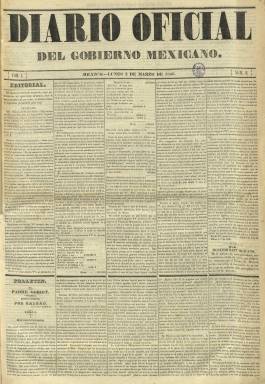
Título: Diario oficial del Gobierno Mexicano
Colección: Gacetas
Ámbito geográfico: México
Lugar de publicación: México
Fechas: 02/03/1846-06/08/1846

A partir del uno de marzo de 1846, el entonces presidente interino de México, el general y político conservador Mariano Paredes y Arrillaga (18797-1849) modifica así el título que venía publicándose previamente como Diario oficial de la República Mexicana. Tras la asonada militar de diciembre de 1845, Paredes –favorable a una monarquía para México con un soberano español– venía ejerciendo el máximo poder desde el cuatro de enero, y, después de la celebración de elecciones constituyentes, desde el 13 de junio como presidente constitucional. Una nueva revuelta militar, ahora de carácter federal, el cuatro de agosto, llevará al general José Mariano de Salas (1797-1867) a tomar posesión de la presidencia provisional del gobierno el día seis, último en el que el periódico se denominará Diario oficial del Gobierno Mexicano.

Durante este breve periodo, Paredes modifica el formato y los contenidos del periódico oficial mexicano. Además de la sección Oficial, con la publicación de comunicados, circulares, normativas u otra legislación, tendrá sección Editorial, una Revista de periódicos, secciones de noticias nacionales (Interior) y extranjeras (Exterior), de Religión (con el santoral y el culto), las denominadas Mosaico (con artículos comunicados y textos literarios), Marina (movimiento portuario), Parte mercantil (sobre los fondos de las bolsas de Madrid, París y Londres) o Avisos (con información del Ayuntamiento de la capital o convocatorias), así como anuncios comerciales.

También, en los faldones de las dos primeras planas incluirá un folletín, comenzado con el titulado El Padre Goriot: historia parisiense, de Balzac, y en las páginas interiores otros relatos, como el titulado Viaje a oriente (1832-1833), escrito por M. Alfonso de Lamartine y traducido por E. de Ochoa. Así mismo, incluye una sección denominada Instrucción pública y otra, Venduta pública (venta de inmuebles). En relación con la guerra entre México y Estados Unidos, en su número de 15 de mayo inserta un Himno patriótico dedicado al Ejército mexicano que defendía la integridad nacional de Texas.

Este título tiene su propia secuencia, con la indicación Tomo I, que comprende desde el número 1 al 158. Sus entregas son de cuatro páginas, compuestas a cinco columnas y estampadas en la Imprenta del Águila, dirigida por José Jimeno, en donde estaba establecida la oficina del diario. En esta época pudo ser redactado por Agustín A. Franco. A partir del siete de agosto de 1846, adopta de nuevo el título Diario del Gobierno de la República Mexicana, con la indicación tomo II y reiniciando otra vez la numeración de sus entregas. El sistema político en México en el periodo 1844-1853 es analizado en la tesis doctoral de Antonio Armando Alvarado Gómez, en la Universidad Autónoma Metropolitana (2010).